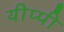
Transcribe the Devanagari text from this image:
यीप्पी